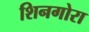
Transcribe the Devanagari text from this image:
शिनगोरा